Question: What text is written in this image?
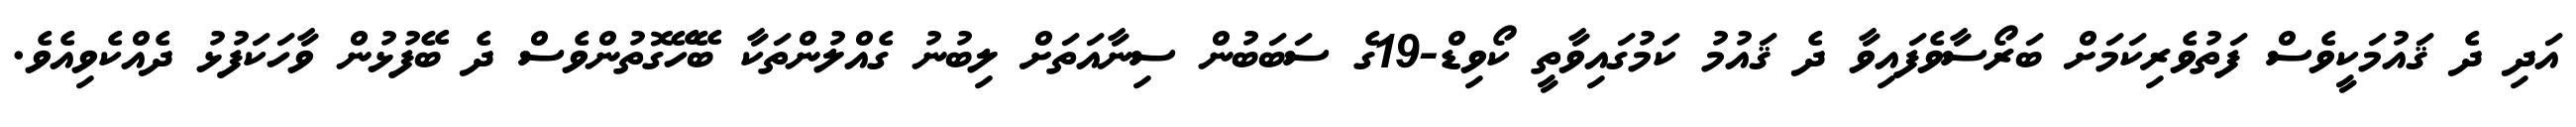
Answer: އަދި ދެ ޤައުމަކީވެސް ފަތުވެރިކަމަށް ބަރޯސާވެފައިވާ ދެ ޤައުމު ކަމުގައިވާތީ ކޯވިޑް-19ގެ ސަބަބުން ސިނާއަތަށް ލިބުނު ގެއްލުންތަކާ ބޭހޭގޮތުންވެސް ދެ ބޭފުޅުން ވާހަކަފުޅު ދެއްކެވިއެވެ.